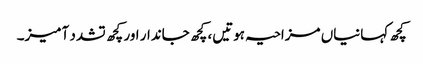
کچھ کہانیاں مزاحیہ ہوتیں، کچھ جاندار اور کچھ تشدد آمیز۔